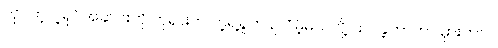
လှပတဲ့ ငါ့ရုပ်အဆင်းကို ဘုရားက ကဲ့ရဲ့ရှုတ်ချလိမ့်မယ်လို့ ထင်ခဲ့တာဟာ မှားတာပဲ